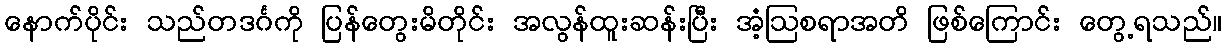
နောက်ပိုင်း သည်တဒင်္ဂကို ပြန်တွေးမိတိုင်း အလွန်ထူးဆန်းပြီး အံ့ဩစရာအတိ ဖြစ်ကြောင်း တွေ့ရသည်။